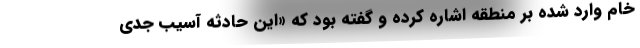
خام وارد شده بر منطقه اشاره كرده و گفته بود كه «اين حادثه آسيب جدي